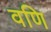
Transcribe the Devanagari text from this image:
वणि